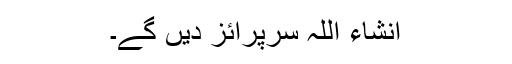
انشاء اللہ سرپرائز دیں گے۔